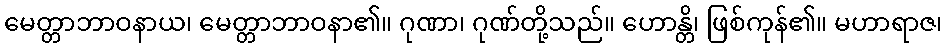
မေတ္တာဘာဝနာယ၊ မေတ္တာဘာဝနာ၏။ ဂုဏာ၊ ဂုဏ်တို့သည်။ ဟောန္တိ၊ ဖြစ်ကုန်၏။ မဟာရာဇ၊